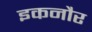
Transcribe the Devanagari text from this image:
इकनौर